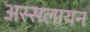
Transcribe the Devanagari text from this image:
अस्सलायन